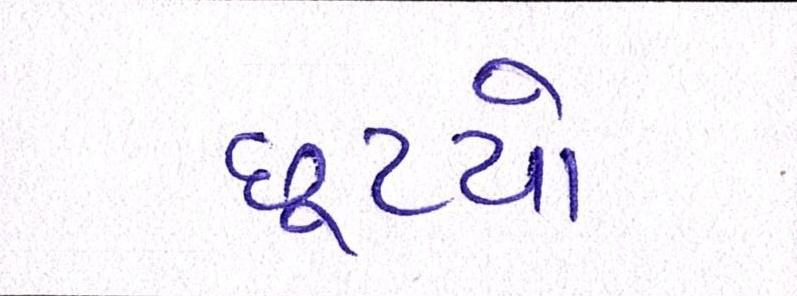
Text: છૂટયો